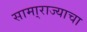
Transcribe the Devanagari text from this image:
सामा्राज्याचा